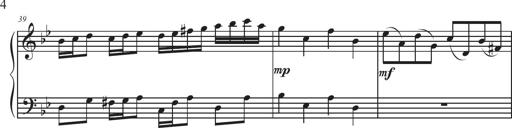
Title: Sonatina Espania
Composer: Jerald Franklin Archer
Key: Various